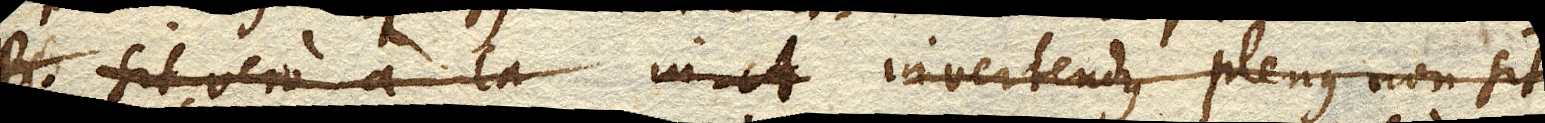
A. sit vero a la in A. invertendus plenus non sit